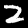
Digit: 2